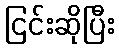
ငြင်းဆိုပြီး